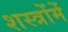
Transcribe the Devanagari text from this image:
शस्त्रोंमें